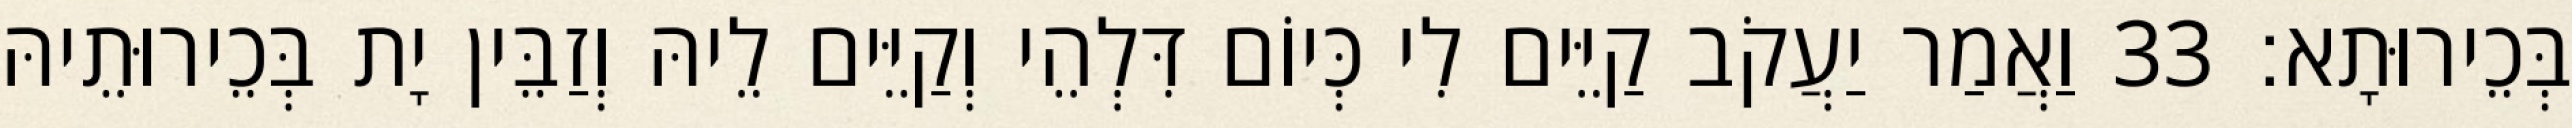
בְּכֵירוּתָא׃ 33 וַאֲמַר יַעֲקֹב קַיֵּים לִי כְּיוֹם דִּלְהֵי וְקַיֵּים לֵיהּ וְזַבֵּין יָת בְּכֵירוּתֵיהּ